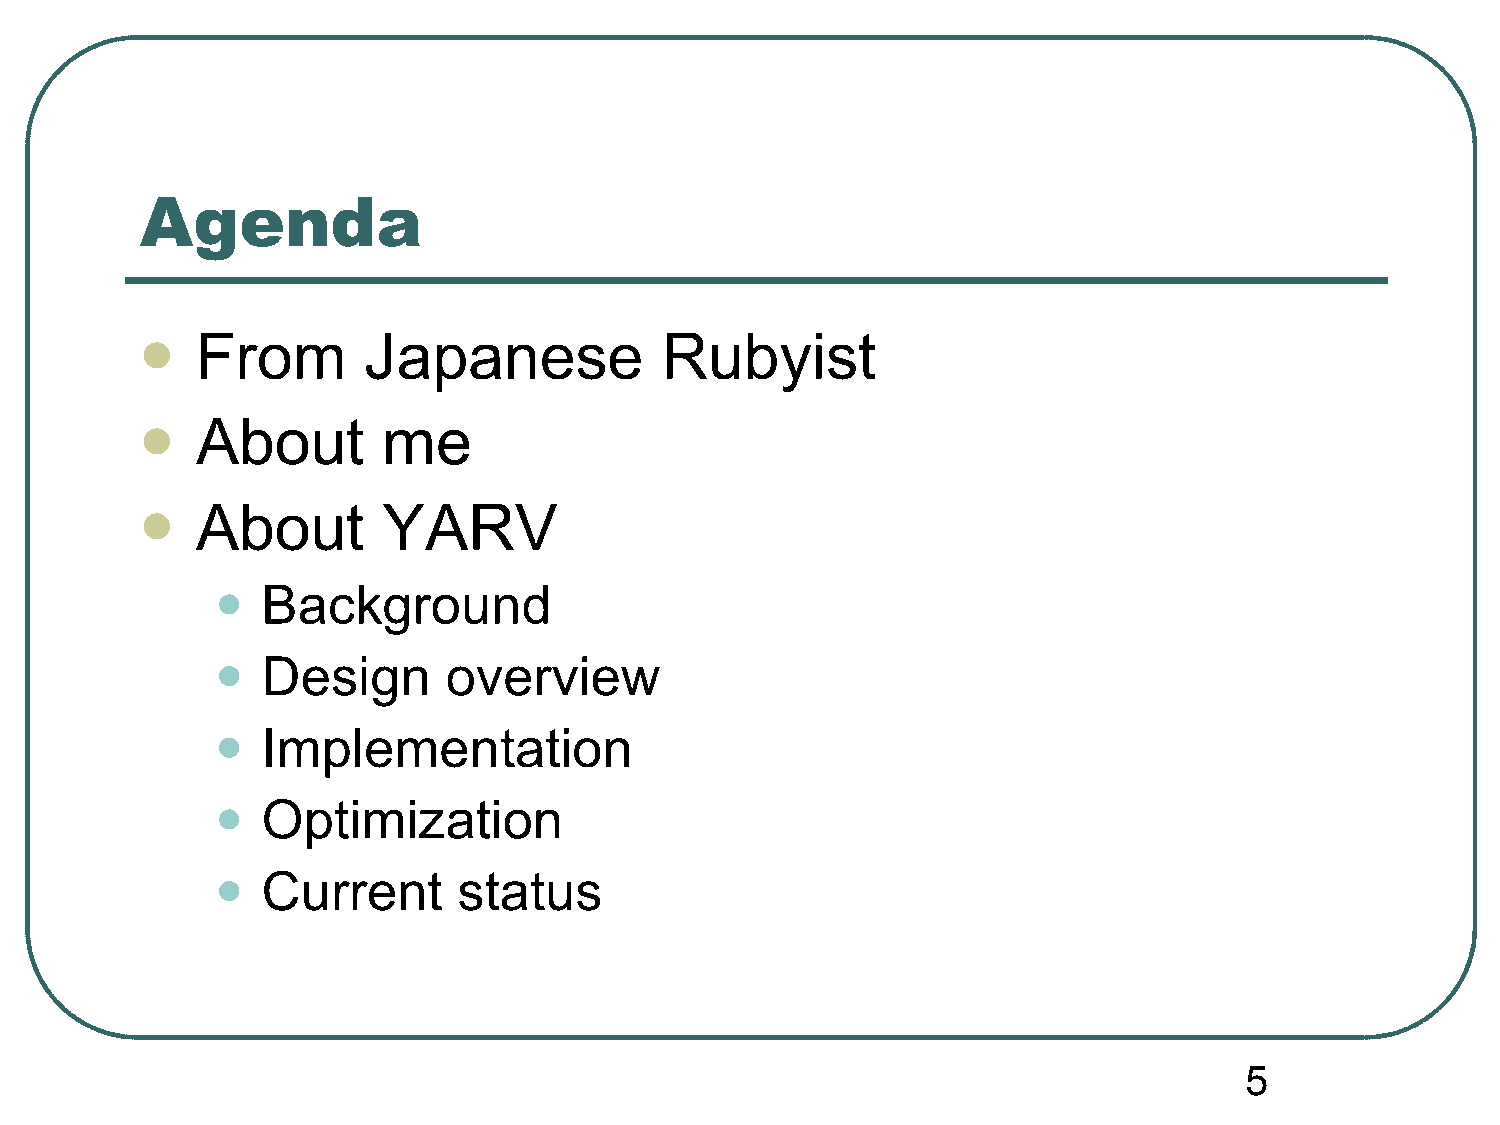
Agenda
 From       Japanese            Rubyist
 
 About       me
 
 About       YARV
 
 •
 Background
 •
 Design       overview
 •
 Implementation
 •
 Optimization
 •
 Current      status
 5